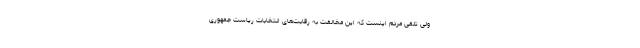
ولی تلقی مردم اینست که این مخالفت به رقابت‌های انتخابات ریاست جمهوری